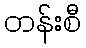
တန်းစီ